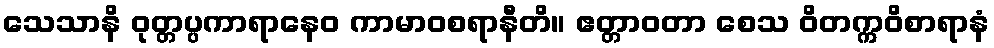
သေသာနိ ဝုတ္တပ္ပကာရာနေဝ ကာမာဝစရာနီတိ။ ဧတ္တာဝတာ စေသ ဝိတက္ကဝိစာရာနံ